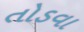
તોડવા